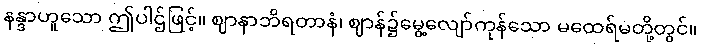
နန္ဒာဟူသော ဤပါဌ်ဖြင့်။ ဈာနာဘိရတာနံ၊ ဈာန်၌မွေ့လျော်ကုန်သော မထေရ်မတို့တွင်။